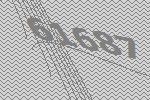
61687